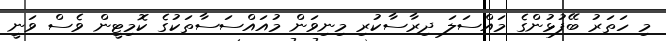
މި ހަތަރު ބޭފުޅުންގެ މައްސަލަ ދިރާސާކުރި މިނިވަން މުއައްސަސާތަކުގެ ކޮމިޓީން ވެސް ވަނީ